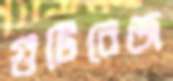
গুটিরেজ